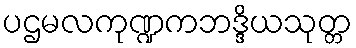
ပဌမလကုဏ္ဍကဘဒ္ဒိယသုတ္တ